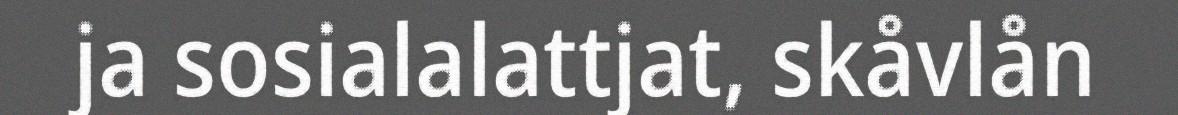
ja sosialalattjat, skåvlån